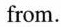
from.